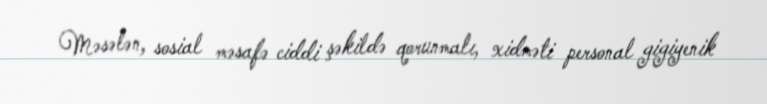
Məsələn, sosial məsafə ciddi şəkildə qorunmalı, xidməti personal gigiyenik